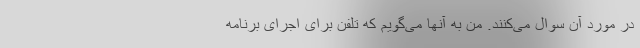
در مورد آن سوال می‌کنند. من به آنها می‌گویم که تلفن برای اجرای برنامه